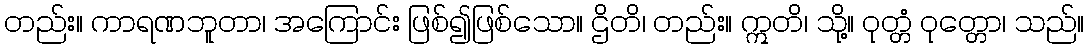
တည်း။ ကာရဏဘူတာ၊ အကြောင်း ဖြစ်၍ဖြစ်သော။ ဌိတိ၊ တည်း။ ဣတိ၊ သို့။ ဝုတ္တံ ဝုတ္တော၊ သည်။